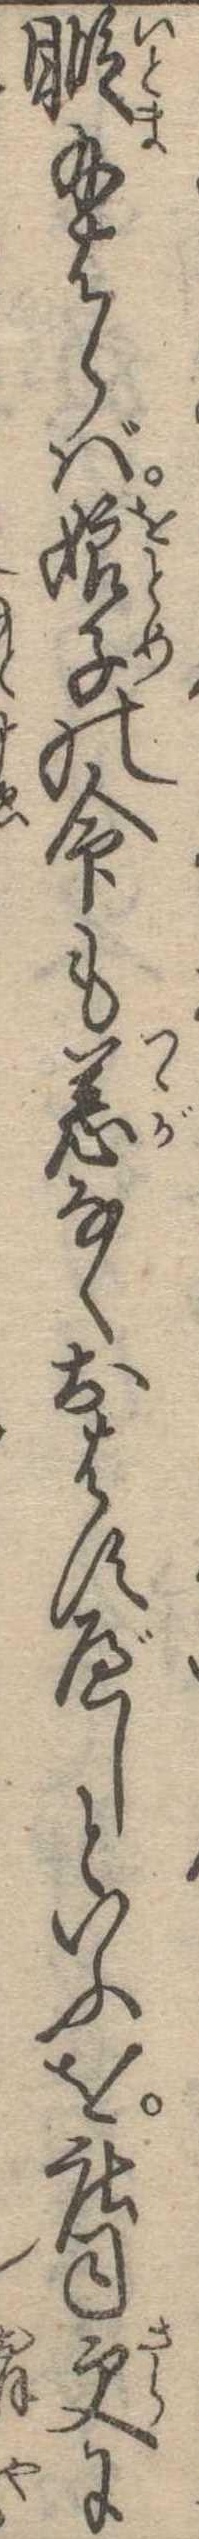
暇給はらば娘子の命も恙なくおはすべしといふを荘司更に